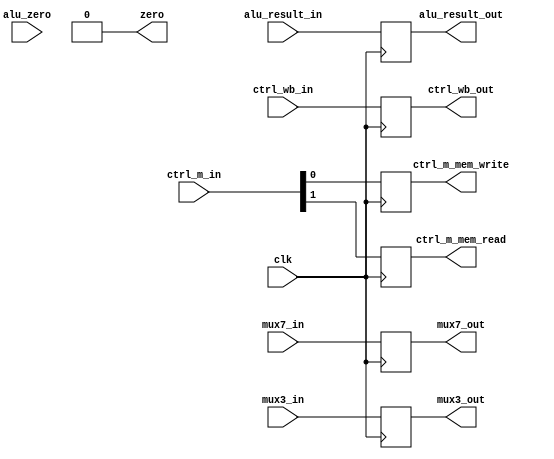
module EX_MEM(
	input clk,
	input	[1:0]	ctrl_wb_in,
	input	[1:0]	ctrl_m_in,
	input	alu_zero,
	input	[31:0]	alu_result_in,
	input	[31:0]	mux7_in,
	input	[4:0]	mux3_in,
	output	reg	[1:0]	ctrl_wb_out,
	output	reg		ctrl_m_mem_write, //size 1
	output	reg		ctrl_m_mem_read, //size 1
	output	reg	zero,
	output	reg	[31:0]	alu_result_out,
	output	reg	[31:0]	mux7_out,
	output	reg [4:0]	mux3_out
);

initial begin
	ctrl_wb_out	<=	0;
	ctrl_m_mem_write	<=	0;
	ctrl_m_mem_read		<=	0;
	zero 	<=	0;
	alu_result_out	<=	0;
	mux7_out	<=	0;
	mux3_out	<=	0;
end

always	@	(posedge	clk)
	begin
		ctrl_wb_out	<=	ctrl_wb_in;
		ctrl_m_mem_write	<=	ctrl_m_in[0];
		ctrl_m_mem_read		<=	ctrl_m_in[1];
		zero 	<=	0;
		alu_result_out	<=	alu_result_in;
		mux7_out	<=	mux7_in;
		mux3_out	<=	mux3_in;
	end
endmodule